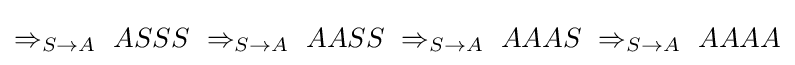
\Rightarrow _{S\to A}\ ASSS\ \Rightarrow _{S\to A}\ AASS\ \Rightarrow _{S\to A}\ AAAS\ \Rightarrow _{S\to A}\ AAAA